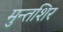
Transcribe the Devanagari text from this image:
मुन्तशिर